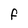
Character: F